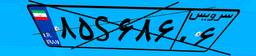
۸۵S۶۸۶۰۶